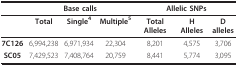
<table><thead><tr><td></td><td colspan="3"><b>Base calls</b></td><td colspan="3"><b>Allelic SNPs</b></td></tr></thead><tbody><tr><td></td><td><b>Total</b></td><td><b>Single</b><sup><b>4</b></sup></td><td><b>Multiple</b><sup><b>5</b></sup></td><td><b>Total Alleles</b></td><td><b>H Alleles</b></td><td><b>D alleles</b></td></tr><tr><td><b>7C126</b></td><td>6,994,238</td><td>6,971,934</td><td>22,304</td><td>8,201</td><td>4,575</td><td>3,706</td></tr><tr><td><b>SC05</b></td><td>7,429,523</td><td>7,408,764</td><td>20,759</td><td>8,441</td><td>5,774</td><td>3,095</td></tr></tbody></table>